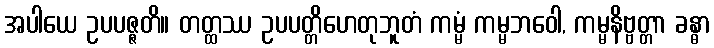
အပါယေ ဥပပဇ္ဇတိ။ တတ္ထဿ ဥပပတ္တိဟေတုဘူတံ ကမ္မံ ကမ္မဘဝေါ, ကမ္မနိဗ္ဗတ္တာ ခန္ဓာ